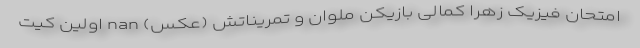
امتحان فیزیک زهرا کمالی بازیکن ملوان و تمریناتش (عکس) nan اولین کیت